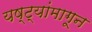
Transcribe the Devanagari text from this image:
यष्ट्यांमागून